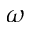
\omega